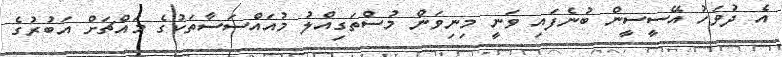
އެ ދުވަހު އޭސީސީން ބުނެފައި ވަނީ މިނިވަން މުސްތަގިއްލު މުއައްސަސާތަކުގެ މައްޗަށް އަބުރުގެ